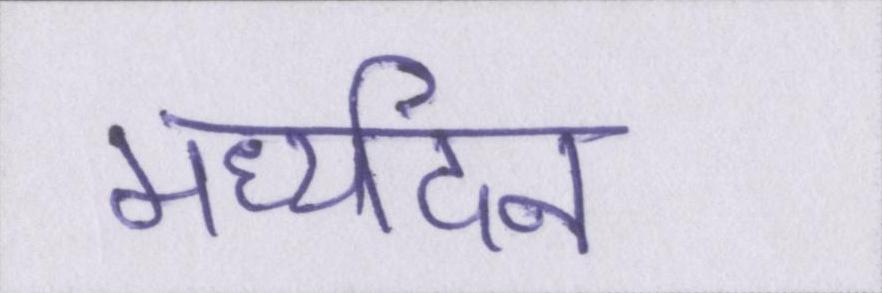
मध्यदिन